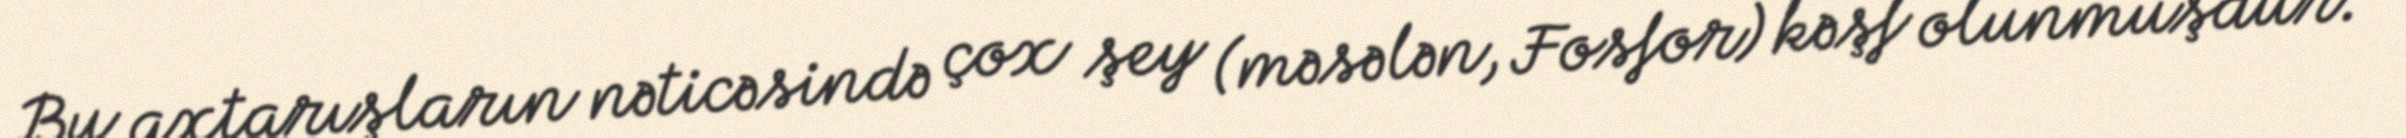
Bu axtarışların nəticəsində çox şey (məsələn, Fosfor) kəşf olunmuşdur.